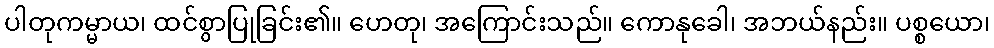
ပါတုကမ္မာယ၊ ထင်စွာပြုခြင်း၏။ ဟေတု၊ အကြောင်းသည်။ ကောနုခေါ၊ အဘယ်နည်း။ ပစ္စယော၊